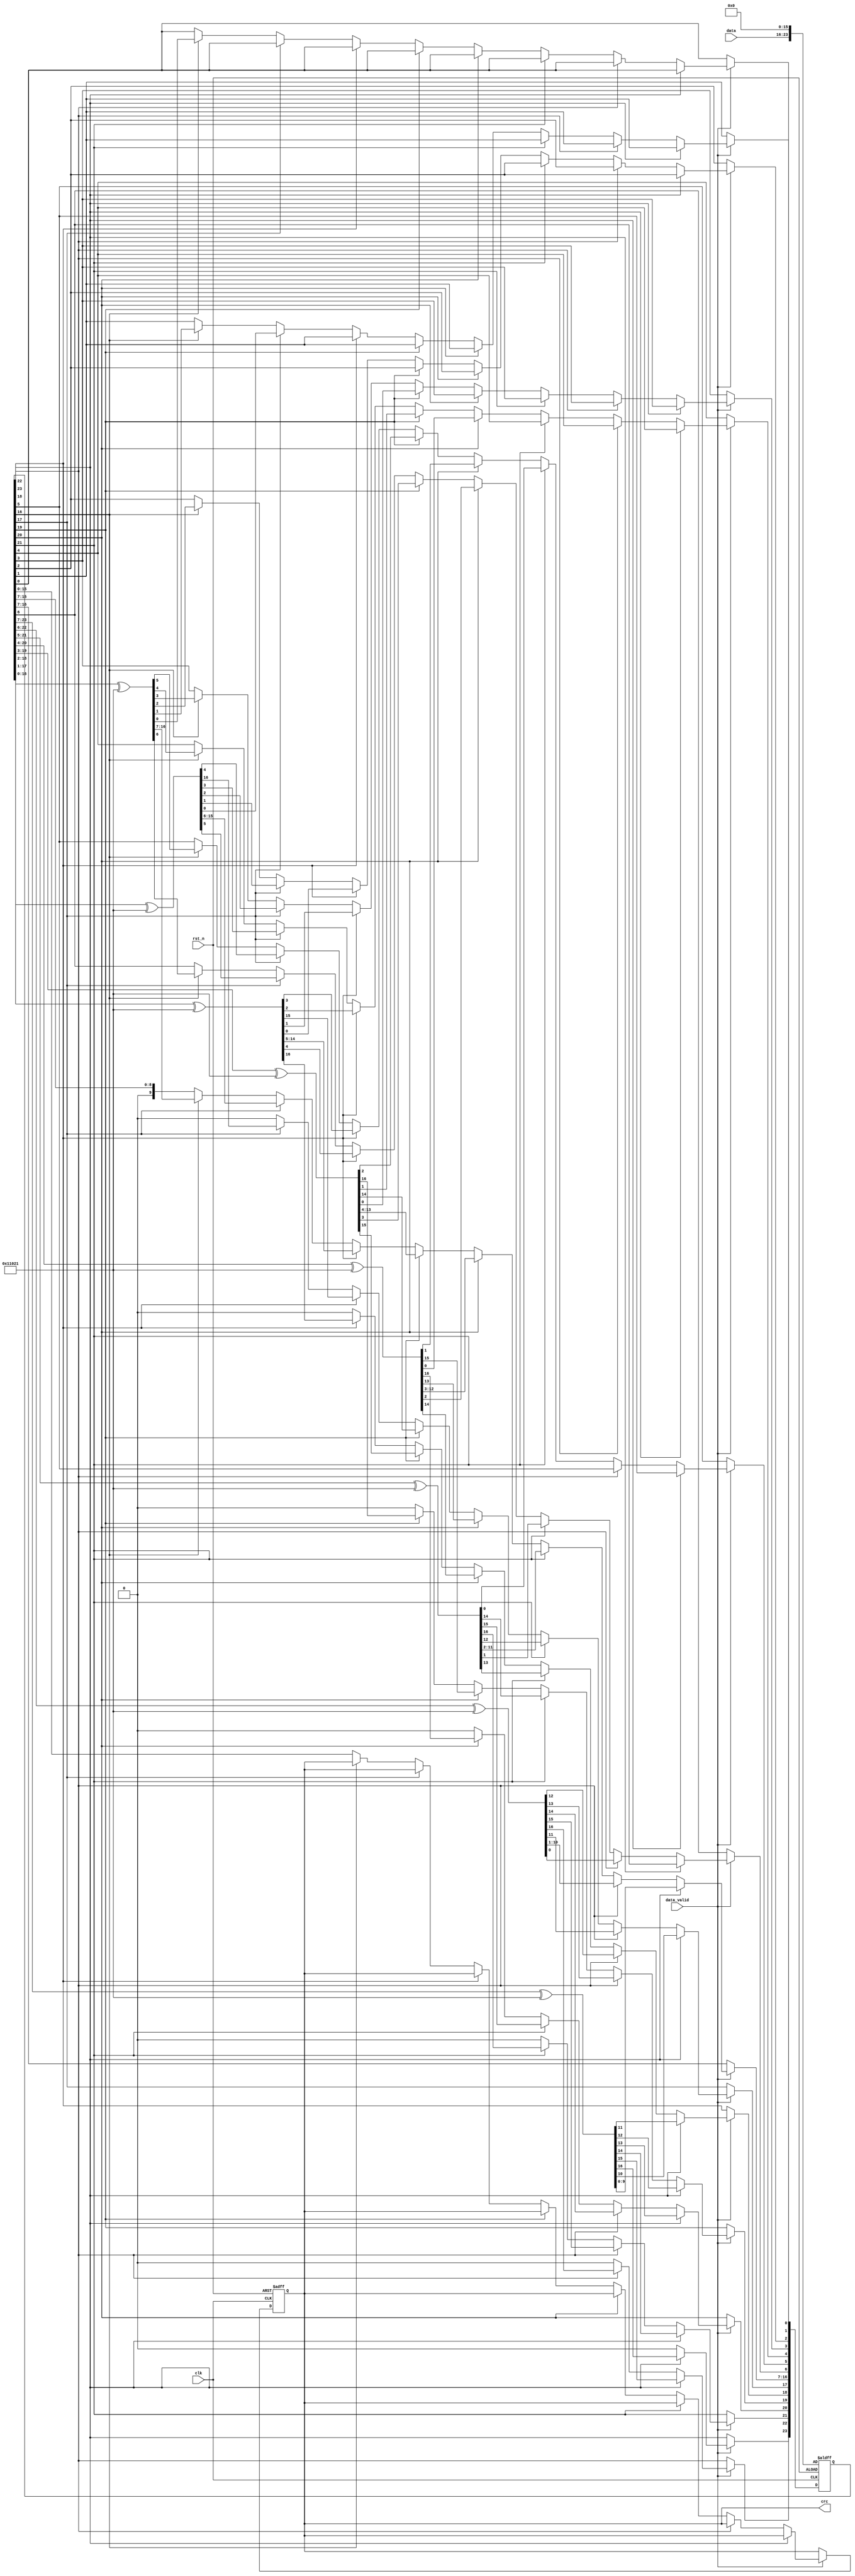
/***************************************************/
module CRC_16_parallel(
    input clk,
    input rst_n,
    input [7:0] data,
    input data_valid,
    output reg [15:0] crc
    );
    
    reg[23:0]temp=0;
    parameter polynomial=17'b1_0001_0000_0010_0001;
    
    
 always @ (posedge clk or negedge rst_n)
 begin
    if(!rst_n)
    begin
        crc<=0;
        temp<={data,16'b0};//
    end
    else if(data_valid)
    begin
             if(temp[23]) temp[23:7]<=temp[23:7]^polynomial;
        else if(temp[22]) temp[22:6]<=temp[22:6]^polynomial;
        else if(temp[21]) temp[21:5]<=temp[21:5]^polynomial;
        else if(temp[20]) temp[20:4]<=temp[20:4]^polynomial;
        else if(temp[19]) temp[19:3]<=temp[19:3]^polynomial;
        else if(temp[18]) temp[18:2]<=temp[18:2]^polynomial;
        else if(temp[17]) temp[17:1]<=temp[17:1]^polynomial;
        else if(temp[16]) temp[16:0]<=temp[16:0]^polynomial;
        else   crc<=temp[15:0];   
    end   
 end
       
endmodule